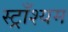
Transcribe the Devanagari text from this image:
स्ट्राँश्यम